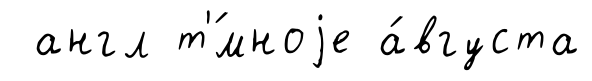
англ т'́мноjе а́вгуста